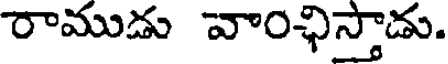
రాముడు వాంఛిస్తాడు.